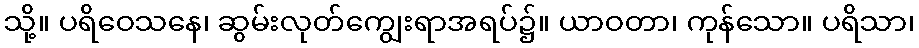
သို့။ ပရိဝေသနေ၊ ဆွမ်းလုတ်ကျွေးရာအရပ်၌။ ယာဝတာ၊ ကုန်သော။ ပရိသာ၊